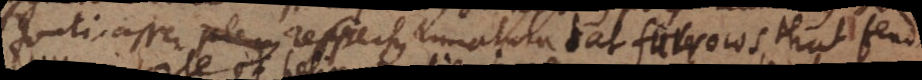
zonti, asser respersus armatura at furrows, that flud